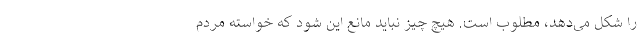
را شکل می‌دهد، مطلوب است. هیچ چیز نباید مانع این شود که خواسته مردم